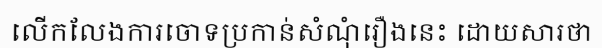
លើកលែងការចោទប្រកាន់សំណុំរឿងនេះ ដោយសារថា